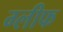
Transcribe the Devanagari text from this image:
ग्लीफ